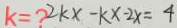
k = ? 2 k x - k x - 2 x = 4